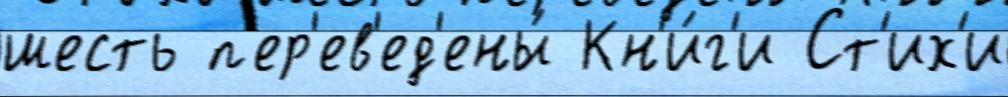
шесть п'ер'ев'ед'ены́ Кн'и́г'и Ст'их'и